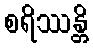
စရိဿန္တိ